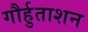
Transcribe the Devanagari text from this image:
गौर्हुताशन